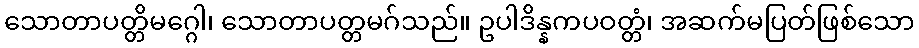
သောတာပတ္တိမဂ္ဂေါ၊ သောတာပတ္တမဂ်သည်။ ဥပါဒိန္နကပဝတ္တံ၊ အဆက်မပြတ်ဖြစ်သော